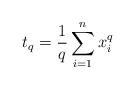
LaTeX: \begin{align*} t_q = \frac{1}{q} \sum_{i=1}^n x_i^q \end{align*}